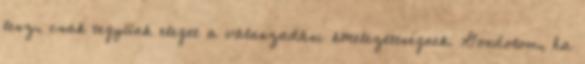
lesz, csak tegyünk eleget a válaszadási kötelezettségnek. Gondolom, ha